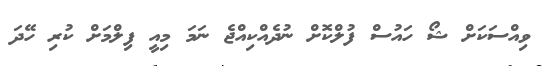
ވިއްސަކަށް ޝޯ ހައުސް ފުލްކޮށް ނުދެއްކިއްޖެ ނަމަ މިއީ ފިލްމަށް ކުރި ހޭދަ